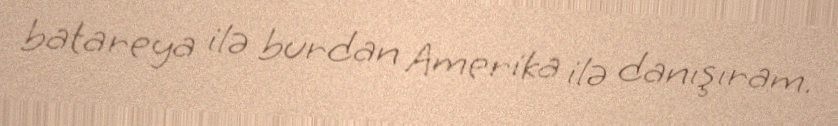
batareya ilə burdan Amerika ilə danışıram.